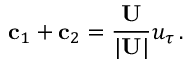
{ { \bf c } _ { 1 } + { \bf c } _ { 2 } } = \frac { \bf U } { | { \bf U } | } u _ { \tau } \, .